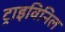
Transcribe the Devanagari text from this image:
ट्राइविनिल